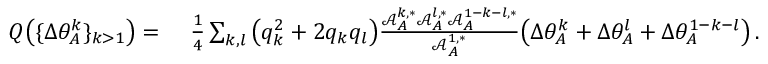
\begin{array} { r l } { Q \big ( \{ \Delta \theta _ { A } ^ { k } \} _ { k > 1 } \big ) = } & { ~ \frac { 1 } { 4 } \sum _ { k , l } \big ( q _ { k } ^ { 2 } + 2 q _ { k } q _ { l } \big ) \frac { \mathcal { A } _ { A } ^ { k , * } \mathcal { A } _ { A } ^ { l , * } \mathcal { A } _ { A } ^ { 1 - k - l , * } } { \mathcal { A } _ { A } ^ { 1 , * } } \big ( \Delta \theta _ { A } ^ { k } + \Delta \theta _ { A } ^ { l } + \Delta \theta _ { A } ^ { 1 - k - l } \big ) \, . } \end{array}